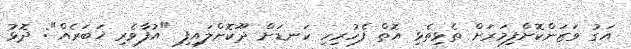
އަގު ވަޒަންކޮށްފިމަރަށް ތެޅިތެޅި އޮތް ފެހުރިހި ކަނޑަށް ދޫކޮށްލައިފި "އުފާވެރި ޚަބަރެއް": ދޮޅު